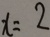
x = 2